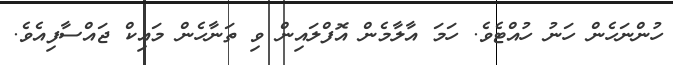
ހުންނަހެން ހަނު ހުއްޓެވެ. ހަމަ އާލާމެން އޮފްލައިން ވި ތަނާހެން މައިކް ޖައްސާފިއެވެ.